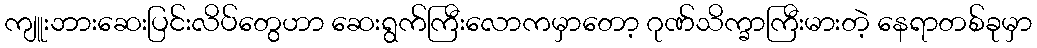
ကျူးဘားဆေးပြင်းလိပ်တွေဟာ ဆေးရွက်ကြီးလောကမှာတော့ ဂုဏ်သိက္ခာကြီးမားတဲ့ နေရာတစ်ခုမှာ